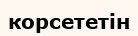
корсететін